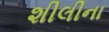
શીલીના